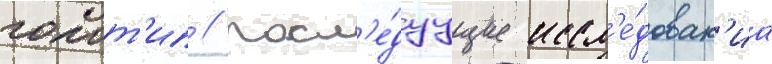
голот'ип // Посл'е́дуущие иссл'е́дован'иа